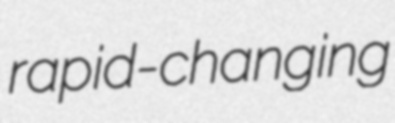
rapid-changing